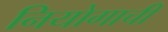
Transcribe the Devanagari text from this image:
नियोगाची